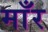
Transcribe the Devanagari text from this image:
माँर